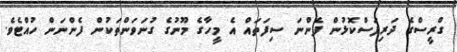
ގްރީސްގެ ދަރިފަސްކޮޅުން ފެންނަ ސިފަތައް އެ މީހާގެ މޫނުގެ ގުނަވަންތަކުން ފެންނަން ހުއްޓެވެ.